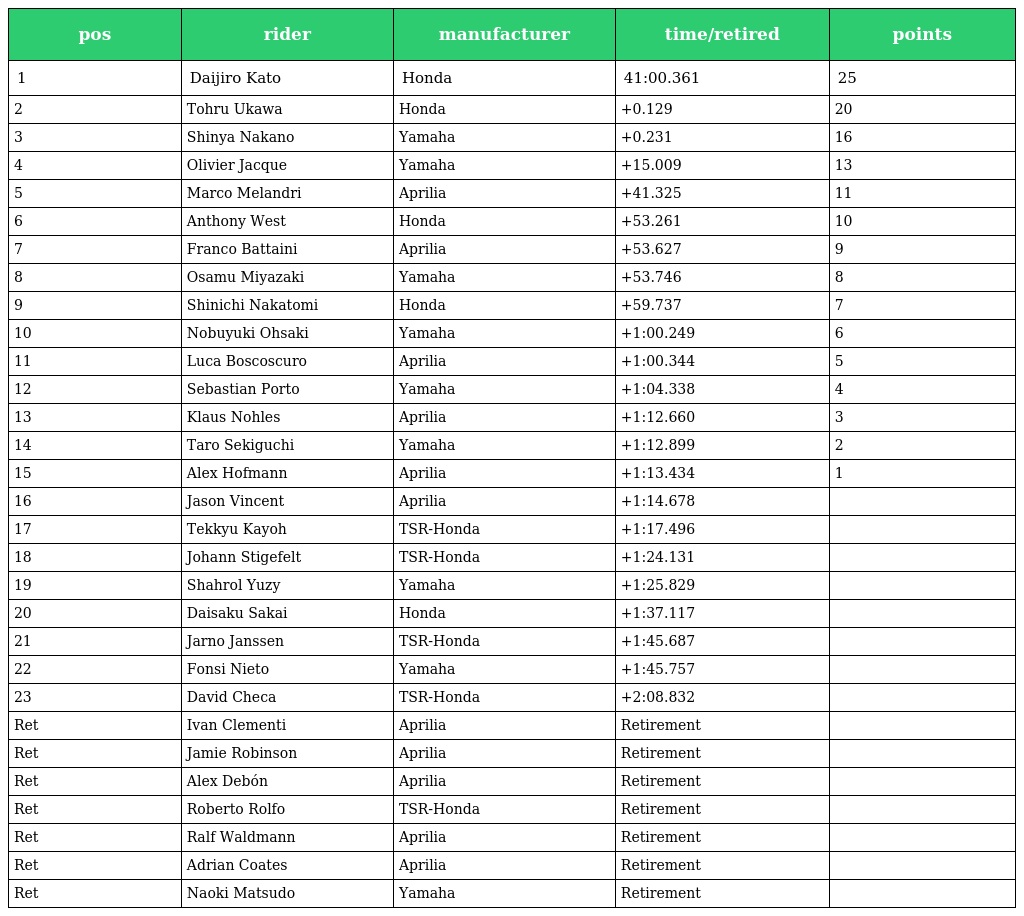
| pos | rider | manufacturer | time/retired | points |
 | --- | --- | --- | --- | --- |
 | 1 | Daijiro Kato | Honda | 41:00.361 | 25 |
 | 2 | Tohru Ukawa | Honda | +0.129 | 20 |
 | 3 | Shinya Nakano | Yamaha | +0.231 | 16 |
 | 4 | Olivier Jacque | Yamaha | +15.009 | 13 |
 | 5 | Marco Melandri | Aprilia | +41.325 | 11 |
 | 6 | Anthony West | Honda | +53.261 | 10 |
 | 7 | Franco Battaini | Aprilia | +53.627 | 9 |
 | 8 | Osamu Miyazaki | Yamaha | +53.746 | 8 |
 | 9 | Shinichi Nakatomi | Honda | +59.737 | 7 |
 | 10 | Nobuyuki Ohsaki | Yamaha | +1:00.249 | 6 |
 | 11 | Luca Boscoscuro | Aprilia | +1:00.344 | 5 |
 | 12 | Sebastian Porto | Yamaha | +1:04.338 | 4 |
 | 13 | Klaus Nohles | Aprilia | +1:12.660 | 3 |
 | 14 | Taro Sekiguchi | Yamaha | +1:12.899 | 2 |
 | 15 | Alex Hofmann | Aprilia | +1:13.434 | 1 |
 | 16 | Jason Vincent | Aprilia | +1:14.678 |  |
 | 17 | Tekkyu Kayoh | TSR-Honda | +1:17.496 |  |
 | 18 | Johann Stigefelt | TSR-Honda | +1:24.131 |  |
 | 19 | Shahrol Yuzy | Yamaha | +1:25.829 |  |
 | 20 | Daisaku Sakai | Honda | +1:37.117 |  |
 | 21 | Jarno Janssen | TSR-Honda | +1:45.687 |  |
 | 22 | Fonsi Nieto | Yamaha | +1:45.757 |  |
 | 23 | David Checa | TSR-Honda | +2:08.832 |  |
 | Ret | Ivan Clementi | Aprilia | Retirement |  |
 | Ret | Jamie Robinson | Aprilia | Retirement |  |
 | Ret | Alex Debón | Aprilia | Retirement |  |
 | Ret | Roberto Rolfo | TSR-Honda | Retirement |  |
 | Ret | Ralf Waldmann | Aprilia | Retirement |  |
 | Ret | Adrian Coates | Aprilia | Retirement |  |
 | Ret | Naoki Matsudo | Yamaha | Retirement |  |